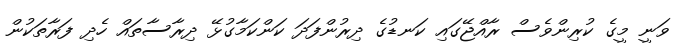
ވަނީ މީގެ ކުރިންވެސް ރާއްޖޭގައި ކަނޑުގެ ދިރުންފަދަ ކަންކަމާގުޅޭ ދިރާސާތައް ހެދި ފަރާތަކުން